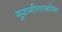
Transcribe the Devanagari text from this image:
गुरुगीताजपेन